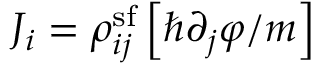
J _ { i } = \rho _ { i j } ^ { \mathrm { s f } } \left[ \hbar \partial _ { j } \varphi / m \right]